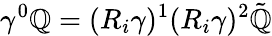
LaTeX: \gamma^{0}\mathbb{Q}=(R_{i}\gamma)^{1}(R_{i}\gamma)^{2}\tilde{{\mathbb{Q}}}